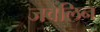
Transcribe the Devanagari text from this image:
जवेलिन